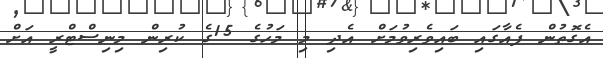
އެގޮތުން ފެއާގައި ބައިވެރިވުމަށް އެދި މި މަހުގެ 15ގެ ކުރިން މިނިސްޓްރީ އަށް